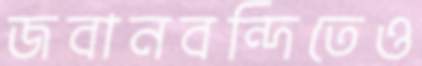
জবানবন্দিতেও